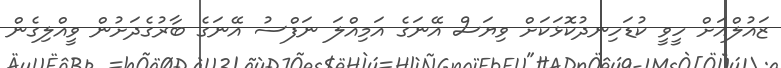
ޒައުލްއަށް ހީވީ ކުޑަހިނދުކޮޅަކަށް ވިޔަސް އޭނަގެ އަމިއްލަ ނަފްސު އޭނަގެ ބާރުގެދަށުން ވީއްލިގެން